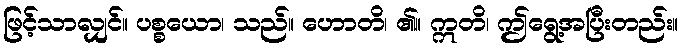
ဖြင့်သာလျှင်။ ပစ္စယော၊ သည်။ ဟောတိ၊ ၏။ ဣတိ၊ ဤရွေ့အပြီးတည်း။